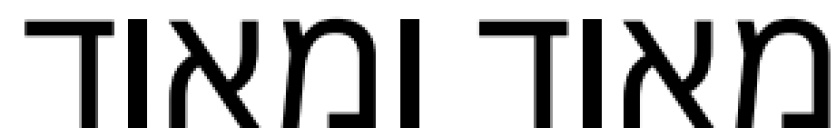
מאוד ומאוד